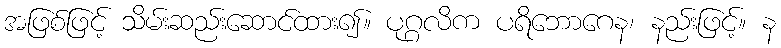
အဖြစ်ဖြင့် သိမ်းဆည်းဆောင်ထား၍။ ပုဂ္ဂလိက ပရိဘောဂေန၊ နည်းဖြင့်။ န